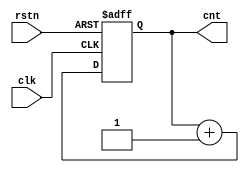
`timescale 1ns / 1ps
//////////////////////////////////////////////////////////////////////////////////
// Company: 
// Engineer: 
// 
// Design Name: 
// Module Name: cnt_3
// Project Name: 
// Target Devices: 
// Tool Versions: 
// Description: 
// 
// Dependencies: 
// 
// Revision:
// Revision 0.01 - File Created
// Additional Comments:
// 
//////////////////////////////////////////////////////////////////////////////////

module cnt_3 (input clk ,
rstn ,
output reg [2:0] cnt );
always @(posedge clk or negedge rstn) begin
if (!rstn) cnt <= 0;
else cnt <= cnt + 1;
end
endmodule